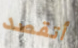
أتقصد